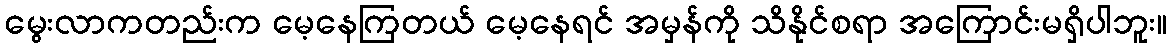
မွေးလာကတည်းက မေ့နေကြတယ် မေ့နေရင် အမှန်ကို သိနိုင်စရာ အကြောင်းမရှိပါဘူး။